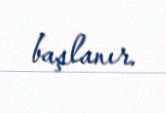
başlanır.